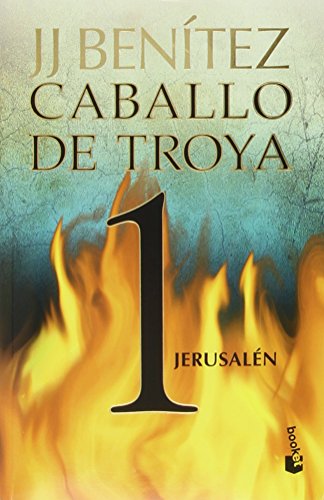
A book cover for Caballo de Troya 1. JerusalÃ©n (NE) (Caballo De Troya / Trojan Horse) (Spanish Edition); Juan JosÃ© BenÃ­tez; Literature & Fiction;